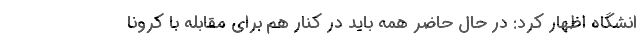
انشگاه اظهار کرد: در حال حاضر همه باید در کنار هم برای مقابله با کرونا